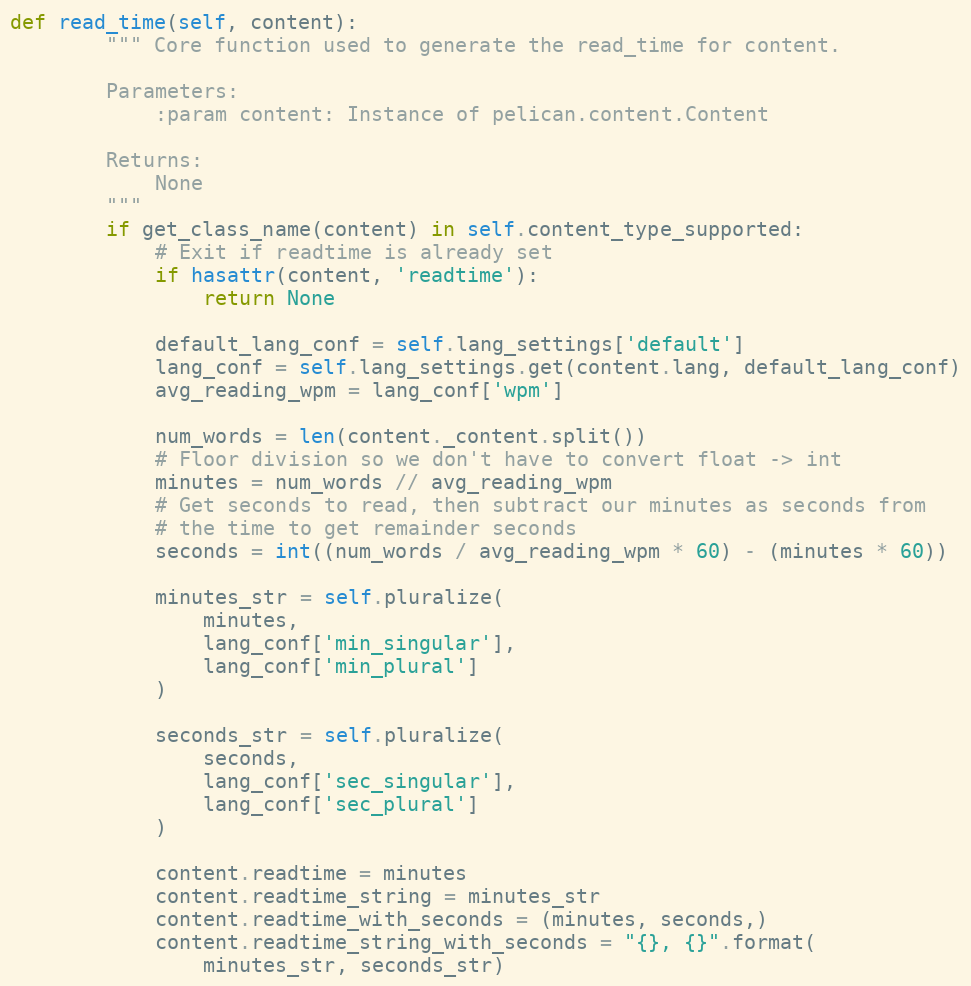
Language: Python
def read_time(self, content):
        """ Core function used to generate the read_time for content.

        Parameters:
            :param content: Instance of pelican.content.Content

        Returns:
            None
        """
        if get_class_name(content) in self.content_type_supported:
            # Exit if readtime is already set
            if hasattr(content, 'readtime'):
                return None

            default_lang_conf = self.lang_settings['default']
            lang_conf = self.lang_settings.get(content.lang, default_lang_conf)
            avg_reading_wpm = lang_conf['wpm']

            num_words = len(content._content.split())
            # Floor division so we don't have to convert float -> int
            minutes = num_words // avg_reading_wpm
            # Get seconds to read, then subtract our minutes as seconds from
            # the time to get remainder seconds
            seconds = int((num_words / avg_reading_wpm * 60) - (minutes * 60))

            minutes_str = self.pluralize(
                minutes,
                lang_conf['min_singular'],
                lang_conf['min_plural']
            )

            seconds_str = self.pluralize(
                seconds,
                lang_conf['sec_singular'],
                lang_conf['sec_plural']
            )

            content.readtime = minutes
            content.readtime_string = minutes_str
            content.readtime_with_seconds = (minutes, seconds,)
            content.readtime_string_with_seconds = "{}, {}".format(
                minutes_str, seconds_str)